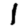
Digit: 1